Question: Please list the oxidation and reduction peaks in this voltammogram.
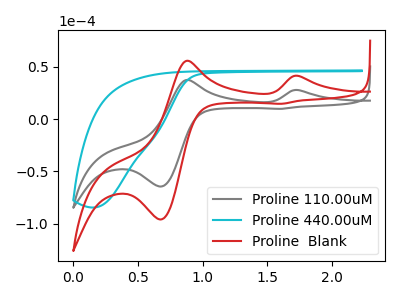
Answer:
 <answer>The gray curve "Proline 110.00uM" has anodic peaks at (1.75V, 27.80uA) (0.90V, 37.55uA) and cathodic peaks at (0.70V, -64.55uA) (1.60V, 9.90uA). The cyan curve "Proline 440.00uM" has no peaks. The red curve "Proline  Blank" has anodic peaks at (1.75V, 41.40uA) (0.90V, 55.90uA) and cathodic peaks at (0.70V, -96.10uA) (1.60V, 14.70uA).</answer>
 <eval></eval>